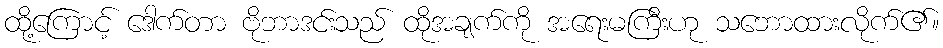
ထို့ကြောင့် ဒေါက်တာ ဗိုဘာဒင်းသည် ထိုအချက်ကို အရေးမကြီးဟု သဘောထားလိုက်၏။